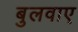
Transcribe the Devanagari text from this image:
बुलवाए